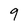
Character: 9